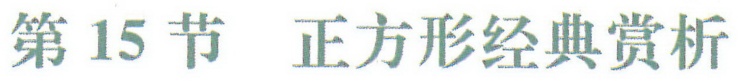
第15节  正方形经典赏析